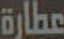
عطارة